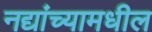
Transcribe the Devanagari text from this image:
नद्यांच्यामधील